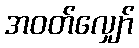
အဝတ်လျှော်